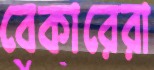
বেকারেরা